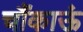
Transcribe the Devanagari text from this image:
चौंकाऊं